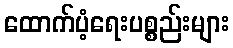
ထောက်ပံ့ရေးပစ္စည်းများ